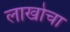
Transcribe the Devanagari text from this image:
लाखोचा